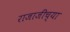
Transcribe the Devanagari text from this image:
राजाजींच्या